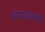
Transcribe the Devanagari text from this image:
रानगव्यांची